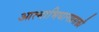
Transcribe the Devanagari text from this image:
आत्माभिधानप्रसक्तौ